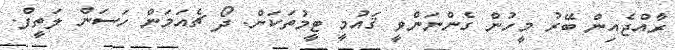
ރާއްޖެއިން ބޭރު މީހުން ގެންނަންވީ ޤައުމީ ޓީމުތަކަށް. ދޯ ޗެއަމަން ހަސަން ލަތީފް.